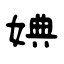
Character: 婰